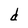
Character: d